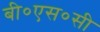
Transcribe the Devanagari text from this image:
बी०एस०सी